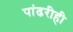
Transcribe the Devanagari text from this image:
पांढरीही